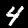
Label: 4